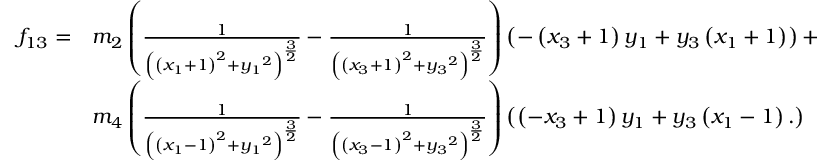
\begin{array} { l l } { f _ { 1 3 } = } & { { m _ { 2 } } \left( \frac { 1 } { \left( \left( { x _ { 1 } } + 1 \right) ^ { 2 } + { y _ { 1 } } ^ { 2 } \right) ^ { \frac { 3 } { 2 } } } - \frac { 1 } { \left( \left( { x _ { 3 } } + 1 \right) ^ { 2 } + { y _ { 3 } } ^ { 2 } \right) ^ { \frac { 3 } { 2 } } } \right) \left( - \left( { x _ { 3 } } + 1 \right) { y _ { 1 } } + { y _ { 3 } } \left( { x _ { 1 } } + 1 \right) \right) + } \\ & { { m _ { 4 } } \left( \frac { 1 } { \left( \left( { x _ { 1 } } - 1 \right) ^ { 2 } + { y _ { 1 } } ^ { 2 } \right) ^ { \frac { 3 } { 2 } } } - \frac { 1 } { \left( \left( { x _ { 3 } } - 1 \right) ^ { 2 } + { y _ { 3 } } ^ { 2 } \right) ^ { \frac { 3 } { 2 } } } \right) \left( \left( - { x _ { 3 } } + 1 \right) { y _ { 1 } } + { y _ { 3 } } \left( { x _ { 1 } } - 1 \right) . \right) } \end{array}